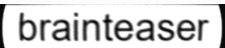
brainteaser